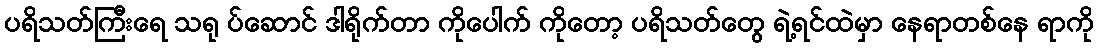
ပရိသတ်ကြီးရေ သရု ပ်ဆောင် ဒါရိုက်တာ ကိုပေါက် ကိုတော့ ပရိသတ်တွေ ရဲ့ရင်ထဲမှာ နေရာတစ်နေ ရာကို